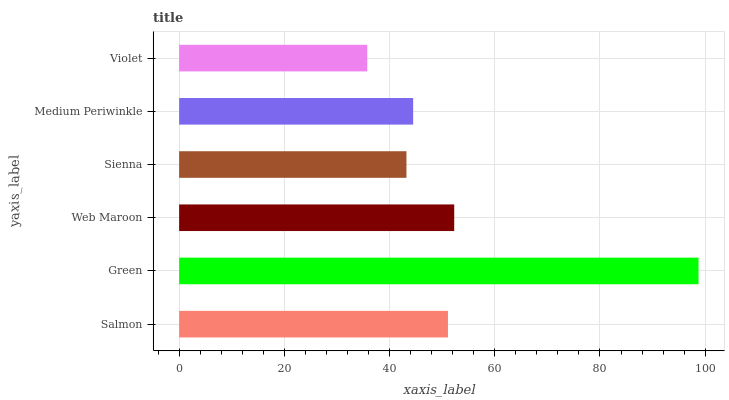
| yaxis_label | bars |
 | --- | --- |
 | Salmon | 51.1 |
 | Green | 98.7 |
 | Web Maroon | 52.3 |
 | Sienna | 43.2 |
 | Medium Periwinkle | 44.5 |
 | Violet | 35.8 |